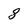
Character: 8